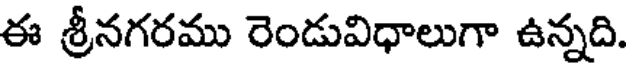
ఈ శ్రీనగరము రెండువిధాలుగా ఉన్నది.